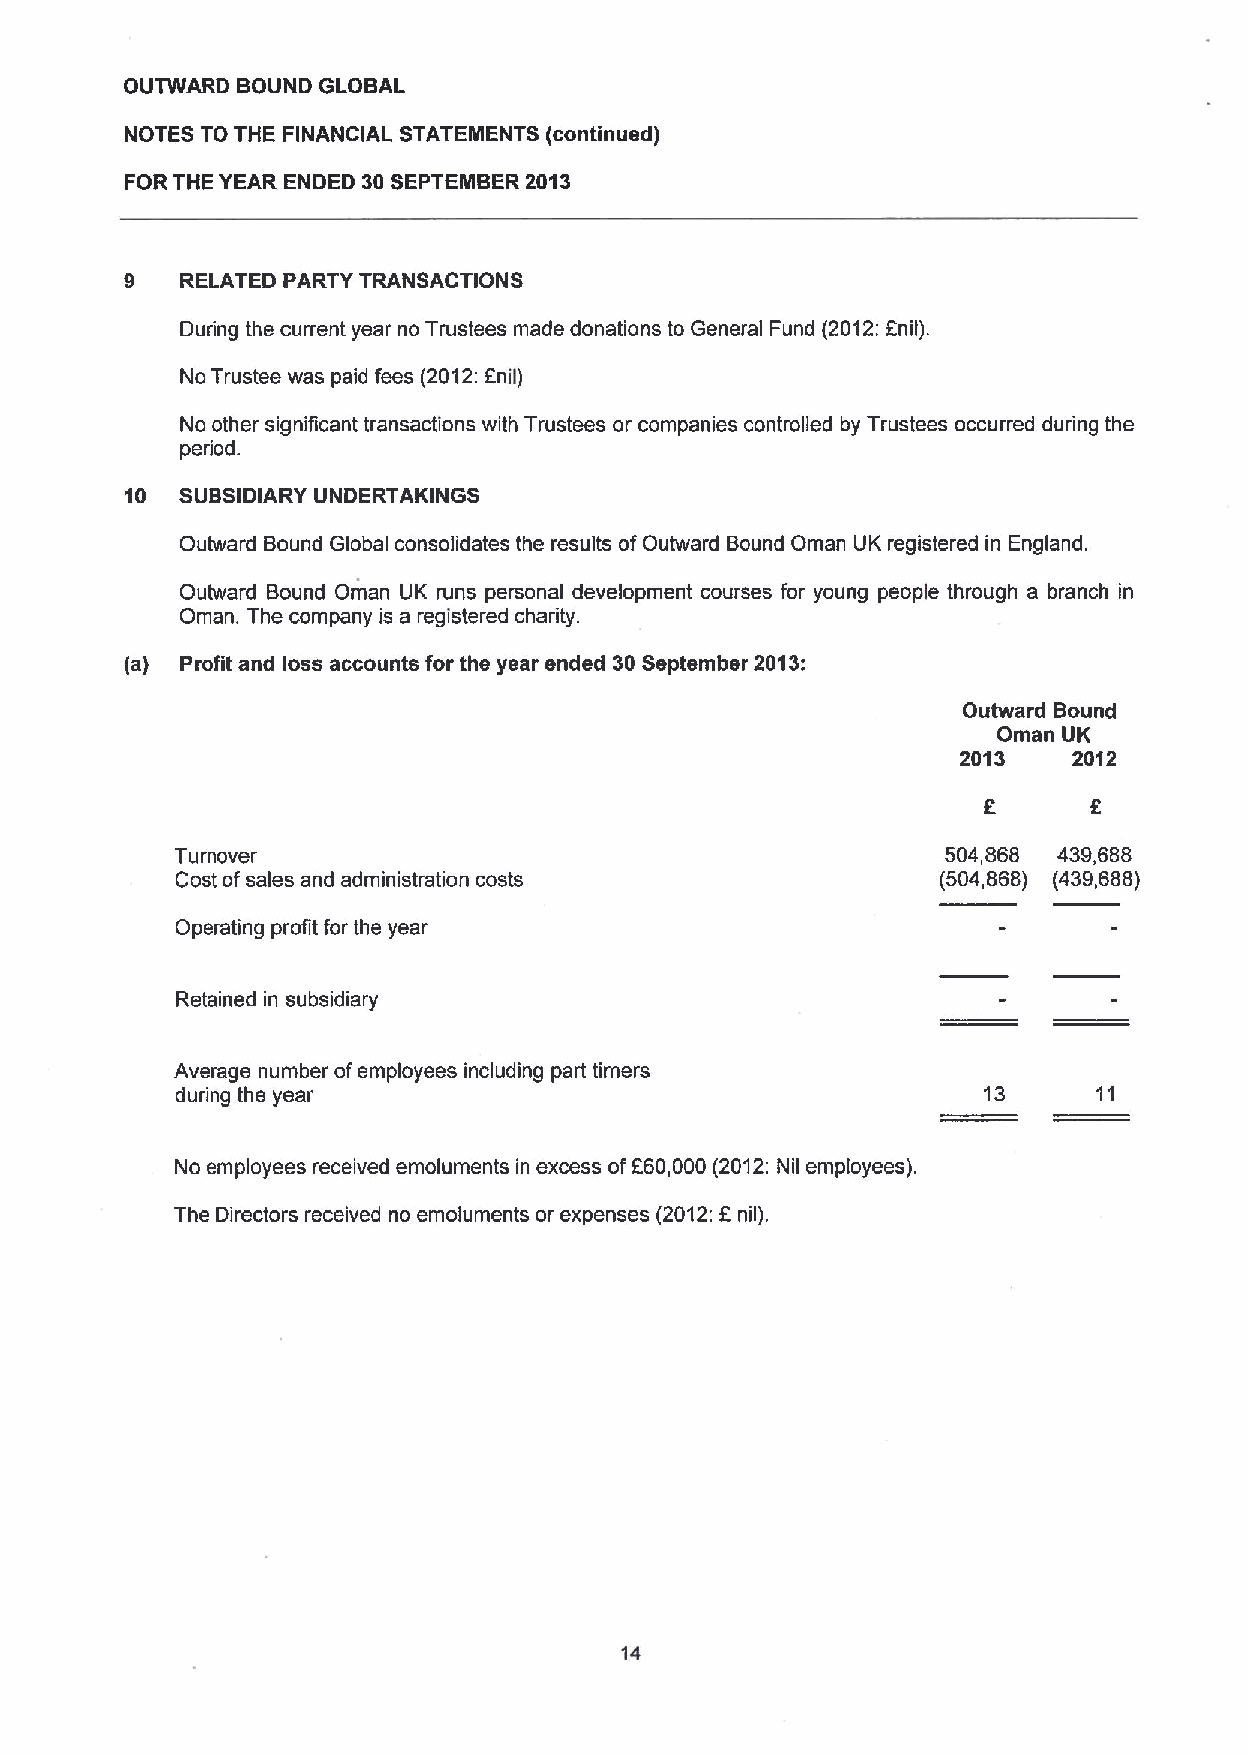
OUTWARD BOUND GLOBAL
 NOTES TO THE FINANCIAL STATEMENTS (continued)
 FOR THE YEAR ENDED 30SEPTEMBER 2013
 9   RELATED PARTY TRANSACTIONS
 During the current year no Trustees made donations to General Fund (2012:Enil).
 No Trustee was paid fees (2012;Enil)
 No other significant transactions with Trustees or companies controlled by Trustees occurred during the
 period.
 10  SUBSIDIARY UNDERTAKINGS
 Outward Bound Global consolidates the results ofOutward Bound Oman UK registered in England.
 Outward Bound Oman UK runs personal development courses for young people through a branch in
 Oman. The company is a registered charity.
 (a) Profit and loss accounts for the year ended 30September 2013:
 Outward Bound
 Oman UK
 2013   2012
 E      9
 Turnover                                           504,868 439,688
 Cost ofsales and administration costs             (504,868) (439,688)
 Operating profit for the year
 Retained in subsidiary
 Average number ofemployees including part timers
 during the year                                      13      11
 No employees received emoluments in excess ofF60,000(2012:Nil employees).
 f
 The Directors received no emoluments or expenses (2012: nil).
 14